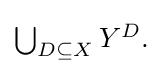
{\textstyle \bigcup _{D\subseteq {X}}Y^{D}.}